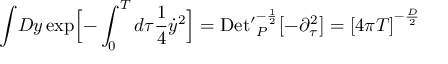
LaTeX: { \displaystyle \int } { \cal D } y \, \mathrm { e x p } \Bigl [ - \int _ { 0 } ^ { T } d \tau { \frac { 1 } { 4 } } { \dot { y } } ^ { 2 } \Bigr ] = \mathrm { D e t ^ { \prime } } _ { P } ^ { - { \frac { 1 } { 2 } } } \bigl [ - { \partial } _ { \tau } ^ { 2 } \bigr ] = { \lbrack 4 \pi T \rbrack } ^ { - { \frac { D } { 2 } } } \,